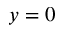
y = 0